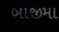
બાજીમા